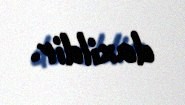
daxildir.